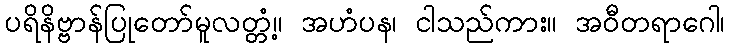
ပရိနိဗ္ဗာန်ပြုတော်မူလတ္တံ့။ အဟံပန၊ ငါသည်ကား။ အဝီတရာဂေါ၊